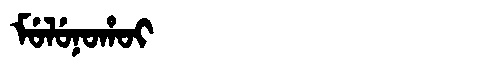
Manchu: ᠮᡠᠯᡠᠨᠣᡥᠣᡳ
Romanization: MULUNOHOI